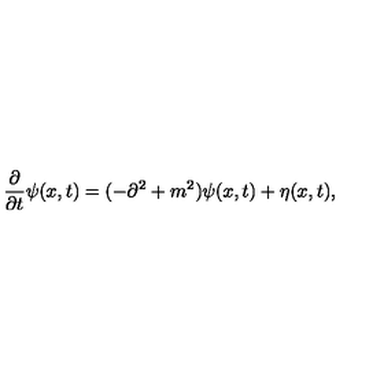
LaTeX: { \frac { \partial } { \partial t } } \psi ( x , t ) = ( - \partial ^ { 2 } + m ^ { 2 } ) \psi ( x , t ) + \eta ( x , t ) ,